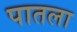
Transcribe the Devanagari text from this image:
पातला